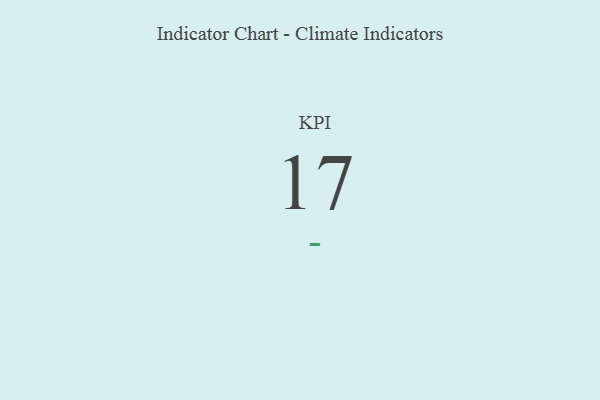
{"axis": {"x": "KPI", "y": "Value"}, "legend": [""], "data": [{"x": "KPI", "y": 17, "type": ""}]}